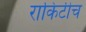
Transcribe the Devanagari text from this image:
राकिटीच